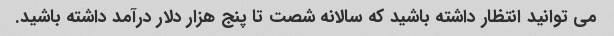
می توانید انتظار داشته باشید که سالانه شصت تا پنج هزار دلار درآمد داشته باشید.